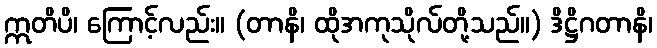
ဣတိပိ၊ ကြောင့်လည်း။ (တာနိ၊ ထိုအကုသိုလ်တို့သည်။) ဒိဋ္ဌိဂတာနိ၊